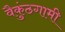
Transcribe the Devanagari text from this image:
वैकुंठगामी